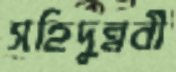
সহিদুন্নবী